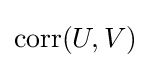
\operatorname {corr} (U,V)